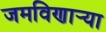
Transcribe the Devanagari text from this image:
जमविणार्‍या